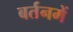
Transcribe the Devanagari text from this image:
बर्तनमें